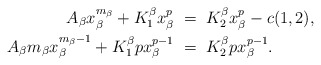
\begin{align*}A_\beta x_\beta^{m_\beta} + K_1^\beta x_\beta^p \ &= \ K_2^\beta x_\beta^p - c(1,2), \\A_\beta m_\beta x_\beta^{m_\beta-1} + K_1^\beta p x_\beta^{p-1} \ &= \ K_2^\beta p x_\beta^{p-1}.\end{align*}